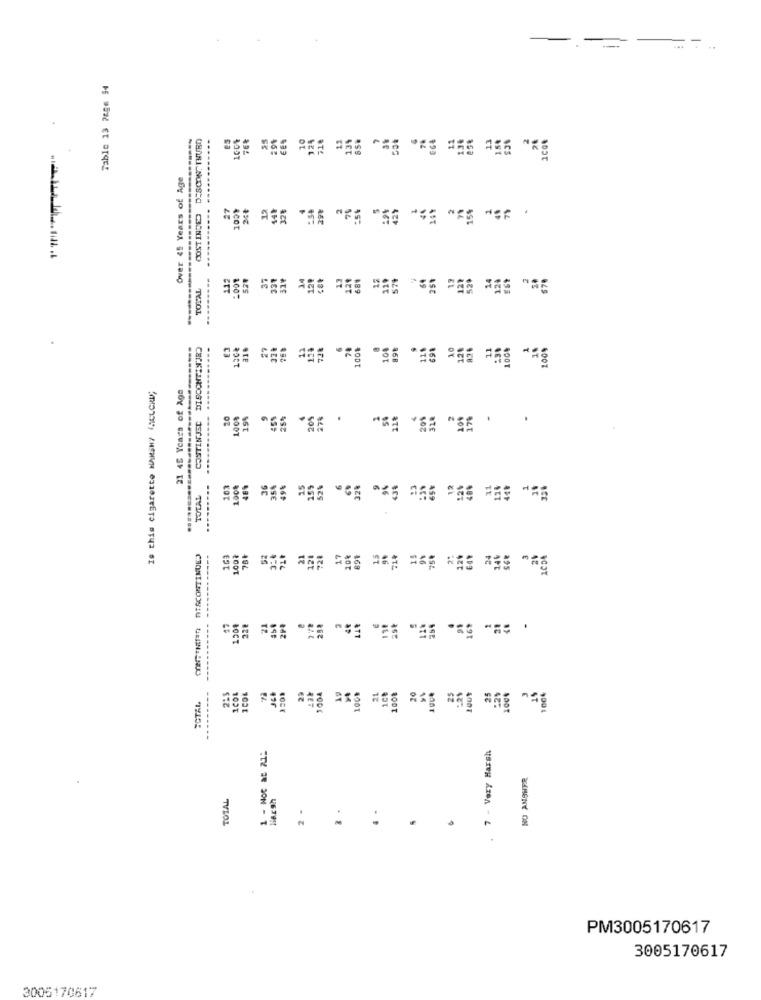
-
Table 13 7686 34
DESCON. TNUBD
..
es
55
CES
Over 45 Years of Age
.....
27
44%
32%
:50
29%
70
COSTINTE
-----
112
-001
528
37
12º
689
12
TOTAL
579
529
---
DISCONTINJR
Lace
72%
100
89%
69%
100%
19
21 45 Years of Age
Is this cigarette HARSH7 (ACLCKU;
CONTINUED
--
20
100%
195
9
45%
25%
209
27%
.
103
100%
36
35€
49%
15
159
52%
32%
TOTAL
CONFINI= nTSCONTINUED
163
1001
52
21
128
728
17
20%
22₺
21
288
2
ast
169
225
100%
20%
29
1004
21
20
25
:2%
25
1004
TOTAL
1 - Not at 21:
7 - Very Harsh
NO ANSWER
TOTAL
Marsh
2 .
PM3005170617
3005170617
3005170617